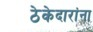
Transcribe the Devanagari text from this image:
ठेकेदारांना